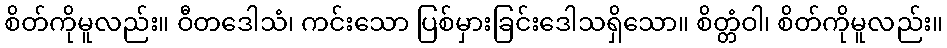
စိတ်ကိုမူလည်း။ ဝီတဒေါသံ၊ ကင်းသော ပြစ်မှားခြင်းဒေါသရှိသော။ စိတ္တံဝါ၊ စိတ်ကိုမူလည်း။